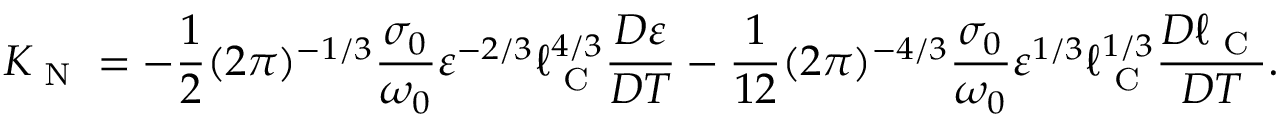
K _ { \textrm { N } } = - \frac { 1 } { 2 } ( 2 \pi ) ^ { - 1 / 3 } \frac { \sigma _ { 0 } } { \omega _ { 0 } } \varepsilon ^ { - 2 / 3 } \ell _ { \textrm { C } } ^ { 4 / 3 } \frac { D \varepsilon } { D T } - \frac { 1 } { 1 2 } ( 2 \pi ) ^ { - 4 / 3 } \frac { \sigma _ { 0 } } { \omega _ { 0 } } \varepsilon ^ { 1 / 3 } \ell _ { \textrm { C } } ^ { 1 / 3 } \frac { D \ell _ { \textrm { C } } } { D T } .